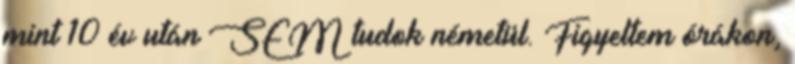
mint 10 év után SEM tudok németül. Figyeltem órákon,